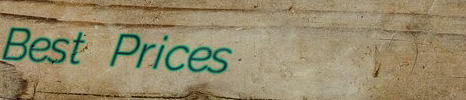
Best Prices